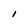
Character: l